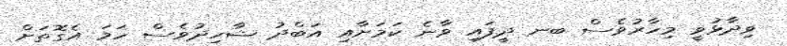
ވިދާޅުވީ މިހާރުވެސް ބނ ދީފައި ވާނެ ކަމަށާއި އަބްދު ޝާހިދުވެސް ހަމަ އެގޮތަށް